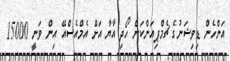
އަންހެން ޑިވިޝަނުގެ ޗެމްޕިއަންކަން ހޯދި އާޔާ އަށް އެމްއެސްއޭ އިން ވަނީ 15000